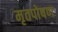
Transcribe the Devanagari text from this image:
मृतपोषण